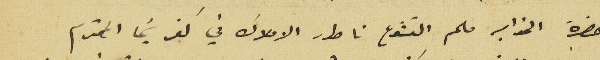
حضرة الخواجه ملحم القشوع ناطور الاملاك في كفرشيما المحترم